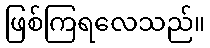
ဖြစ်ကြရလေသည်။